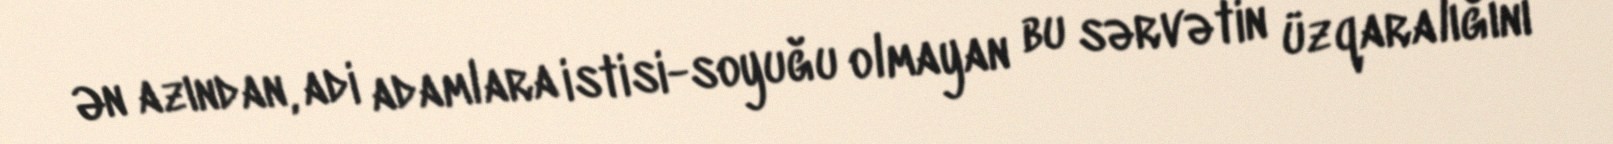
Ən azından, adi adamlara istisi-soyuğu olmayan bu sərvətin üzqaralığını